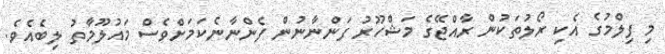
މި ފިލްމުގެ އެކި ރޯލުތަކުން ރާއްޖޭގެ މަޝްހޫރު ފަންނާނުން ފެންނާނެކަމަށްވެސް މައުލޫމާތު ލިބެއެވެ.